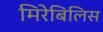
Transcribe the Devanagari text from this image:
मिरेबिलिस